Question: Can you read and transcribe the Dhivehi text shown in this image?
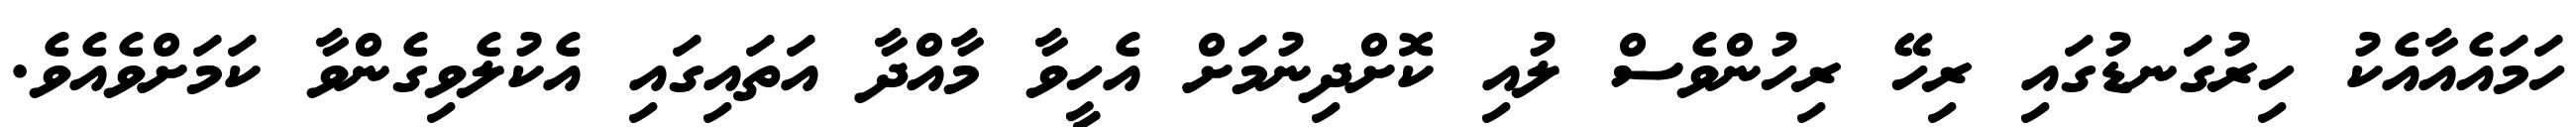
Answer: ހަމައެއާއެކު ހިރުގަނޑުގައި ރިހޭ ރިހުންވެސް ލުއި ކޮށްދިނުމަށް އެހީވާ މާއްދާ އަތައިގައި އެކުލެވިގެންވާ ކަމަށްވެއެވެ.